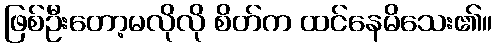
ဖြစ်ဦးတော့မလိုလို စိတ်က ထင်နေမိသေး၏။